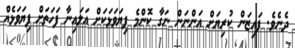
ދެނެވެ. ފައިޒަން ކުރިޔަށް އަންނަން ނަގާ ކޮންމެ ފިޔަވަޅަކަށް އަލައިނާ ފަހަތަށް ފިޔަވަޅެއް